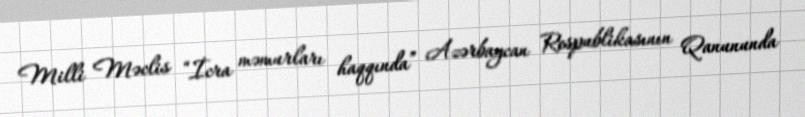
Milli Məclis “İcra məmurları haqqında” Azərbaycan Respublikasının Qanununda